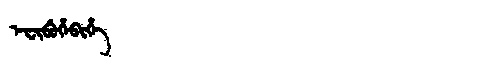
Manchu: ᡝᠸᡳᠪᡠᡥᡝᠪᡳᡥᡝ
Romanization: EFIBUHEBIHE